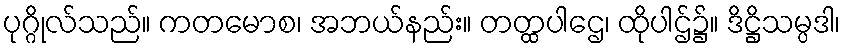
ပုဂ္ဂိုလ်သည်။ ကတမောစ၊ အဘယ်နည်း။ တတ္ထပါဌေ၊ ထိုပါဌ်၌။ ဒိဋ္ဌိသမ္ပဒါ၊